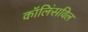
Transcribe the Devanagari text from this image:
कॉलिंसविल